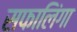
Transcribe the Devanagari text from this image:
सफालिंगा